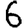
Digit: 6